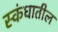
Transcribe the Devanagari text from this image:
स्कंधातील